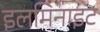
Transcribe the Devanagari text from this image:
इलमिनाइट